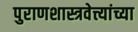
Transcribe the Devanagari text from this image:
पुराणशास्त्रवेत्त्यांच्या